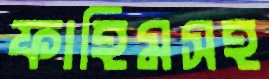
ফাহিমসহ